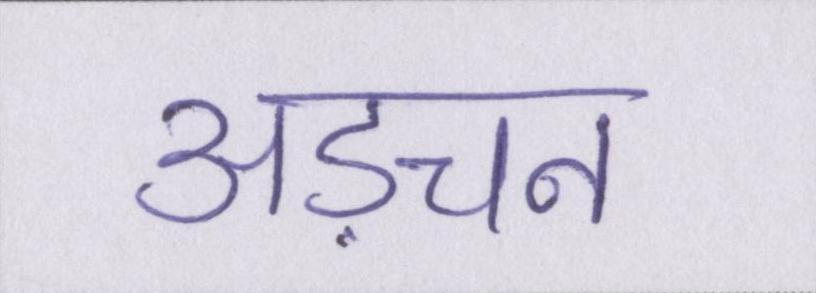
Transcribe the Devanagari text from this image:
अड़चन